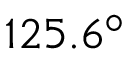
1 2 5 . 6 ^ { \circ }